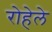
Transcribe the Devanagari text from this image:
रोहेले